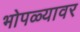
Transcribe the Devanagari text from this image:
भोपळ्यावर